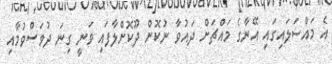
އެ މައްސަލައިގައި އޭނާގެ މައްޗަށް ދައުވާ ނުކޮށް ދޫކޮށްލާފައި ވަނީ ގިނަ ދުވަސްވުމާއި